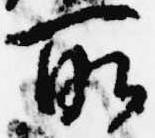
所